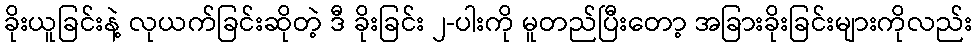
ခိုးယူခြင်းနဲ့ လုယက်ခြင်းဆိုတဲ့ ဒီ ခိုးခြင်း ၂-ပါးကို မူတည်ပြီးတော့ အခြားခိုးခြင်းများကိုလည်း